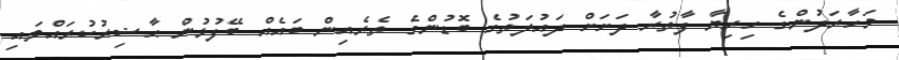
މަހާރަދުންގެ ހިރިޔާ ފާތުރާ ދަށަށް ދައުލަތުގެ ބޮޑުންގެ ތެރެއިން ބައެއް ބޭފުޅުން ޙާޟިރުކުރައްވައި